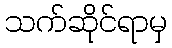
သက်ဆိုင်ရာမှ